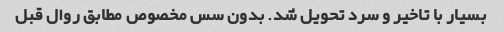
بسیار با تاخیر و سرد تحویل شد. بدون سس مخصوص مطابق روال قبل